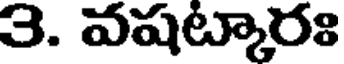
3. వషట్కారః